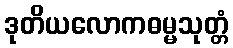
ဒုတိယလောကဓမ္မသုတ္တံ